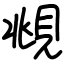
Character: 覜